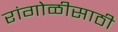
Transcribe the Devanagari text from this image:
रांगोळीसाठी